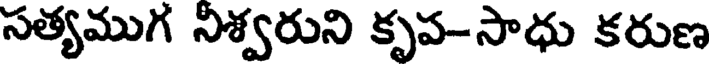
సత్యముగ నీశ్వరుని కృప-సాధు కరుణ